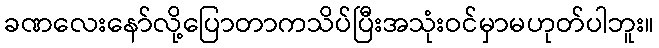
ခဏလေးနော်လို့ပြောတာကသိပ်ပြီးအသုံးဝင်မှာမဟုတ်ပါဘူး။